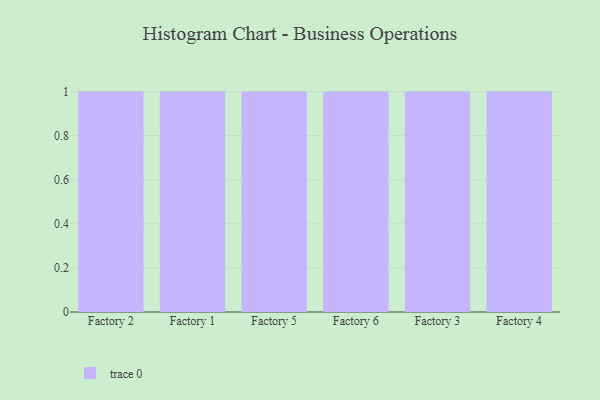
{"axis": {"x": "Factory", "y": "Bounce Rate (%)"}, "legend": [""], "data": [{"x": "Factory 2", "y": 93, "type": ""}, {"x": "Factory 1", "y": 90, "type": ""}, {"x": "Factory 5", "y": 30, "type": ""}, {"x": "Factory 6", "y": 94, "type": ""}, {"x": "Factory 3", "y": 62, "type": ""}, {"x": "Factory 4", "y": 11, "type": ""}]}